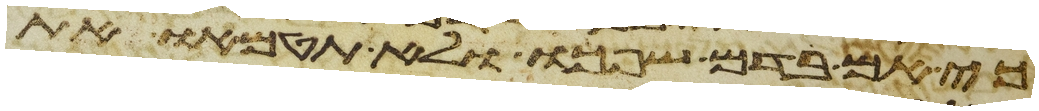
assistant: כי אם בדם שפכו ולא תטמאו את